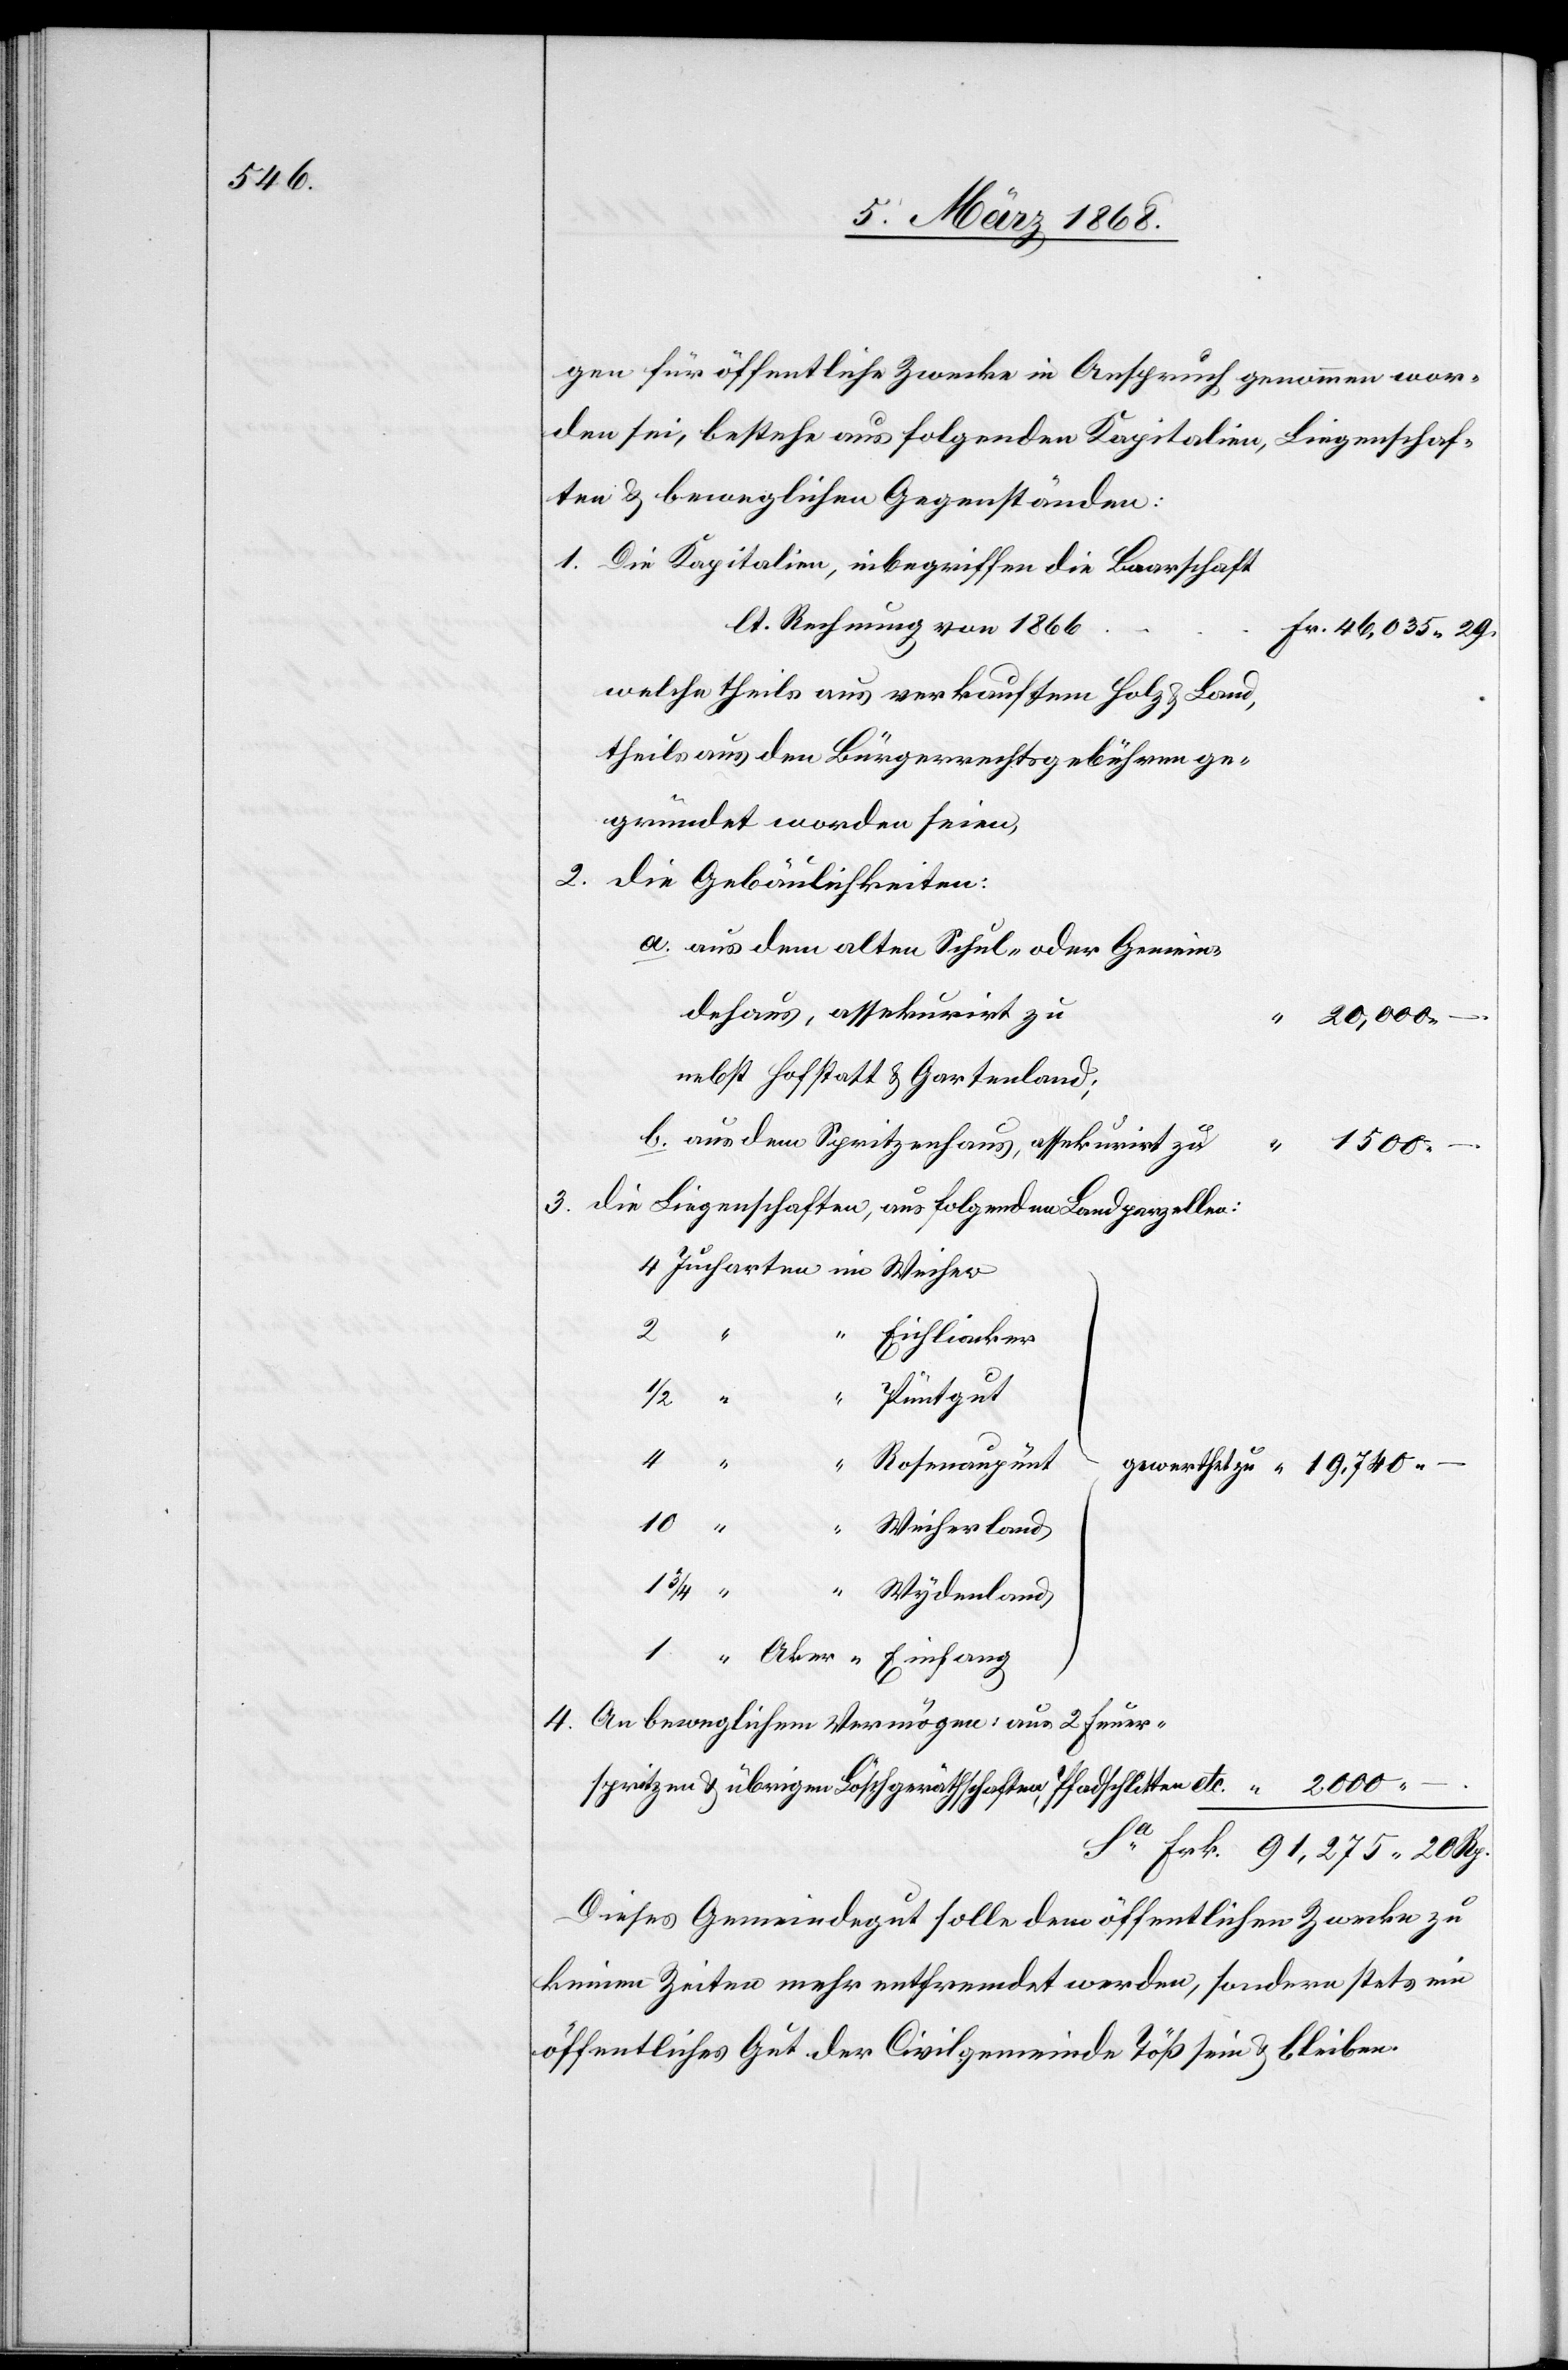
gen für öffentliche Zwecke in Anspruch genommen wor¬
den sei, bestehe aus folgenden Kapitalien, Liegenschaf¬
ten & beweglichen Gegenständen:
Die Kapitalien, inbegriffen die Baarschaft
lt. Rechnung von 1866
Fr. 46,035. 29.
welche theils aus verkauftem Holz & Land,
theils aus den Bürgerrechtsgebühren ge¬
gründet worden seien,
die Gebäulichkeiten:
aus dem alten Schul- oder Gemein¬
dehaus, assekurirt zu
“ 20,000.
aus dem Spritzenhaus, assekurirt zu
“
1500.
die Liegenschaften, aus folgenden Landparzellen:
Jucharten im Weiher
“ Eichliacker
thet zu
“
4.
2000.
Rosenaupünt
2.
“ Weiherland
“
1/2
“ Wydenland
Sa.
“ Aker “ Einfang
An beweglichem Vermögen: aus 2 Feuer¬
spritzen & übrigen Löschgeräthschaften, Pfadschlitten etc.
Frk. 91,275. 20 Rp.
Dieses Gemeindegut solle dem öffentlichen Zwecke zu
keinen Zeiten mehr entfremdet werden, sondern stets ein
öffentliches Gut der Civilgemeinde Töß sein & bleiben.

.